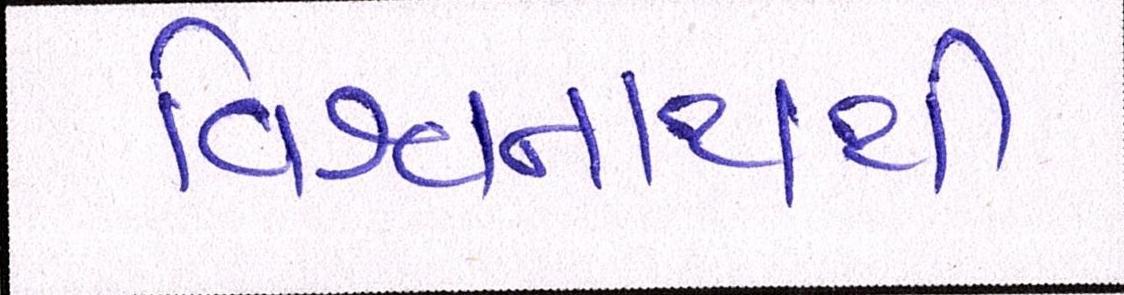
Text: વિશ્વનાથથી